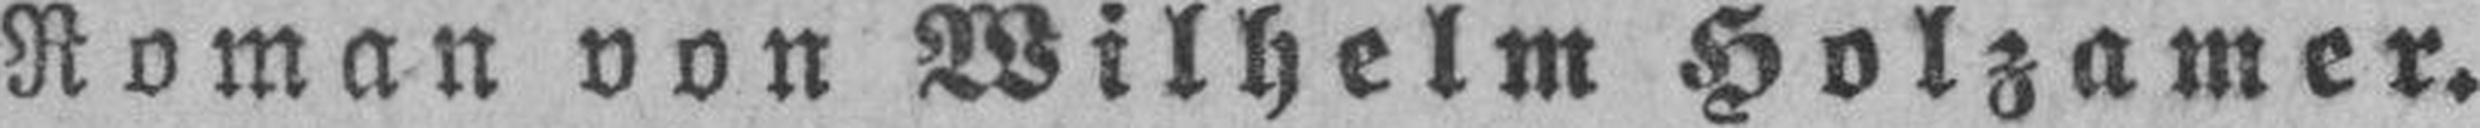
Roman von Wilhelm Holzamer.